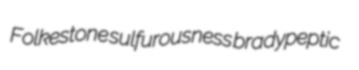
Folkestone sulfurousness bradypeptic